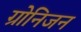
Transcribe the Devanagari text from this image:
ग्रोनिजन